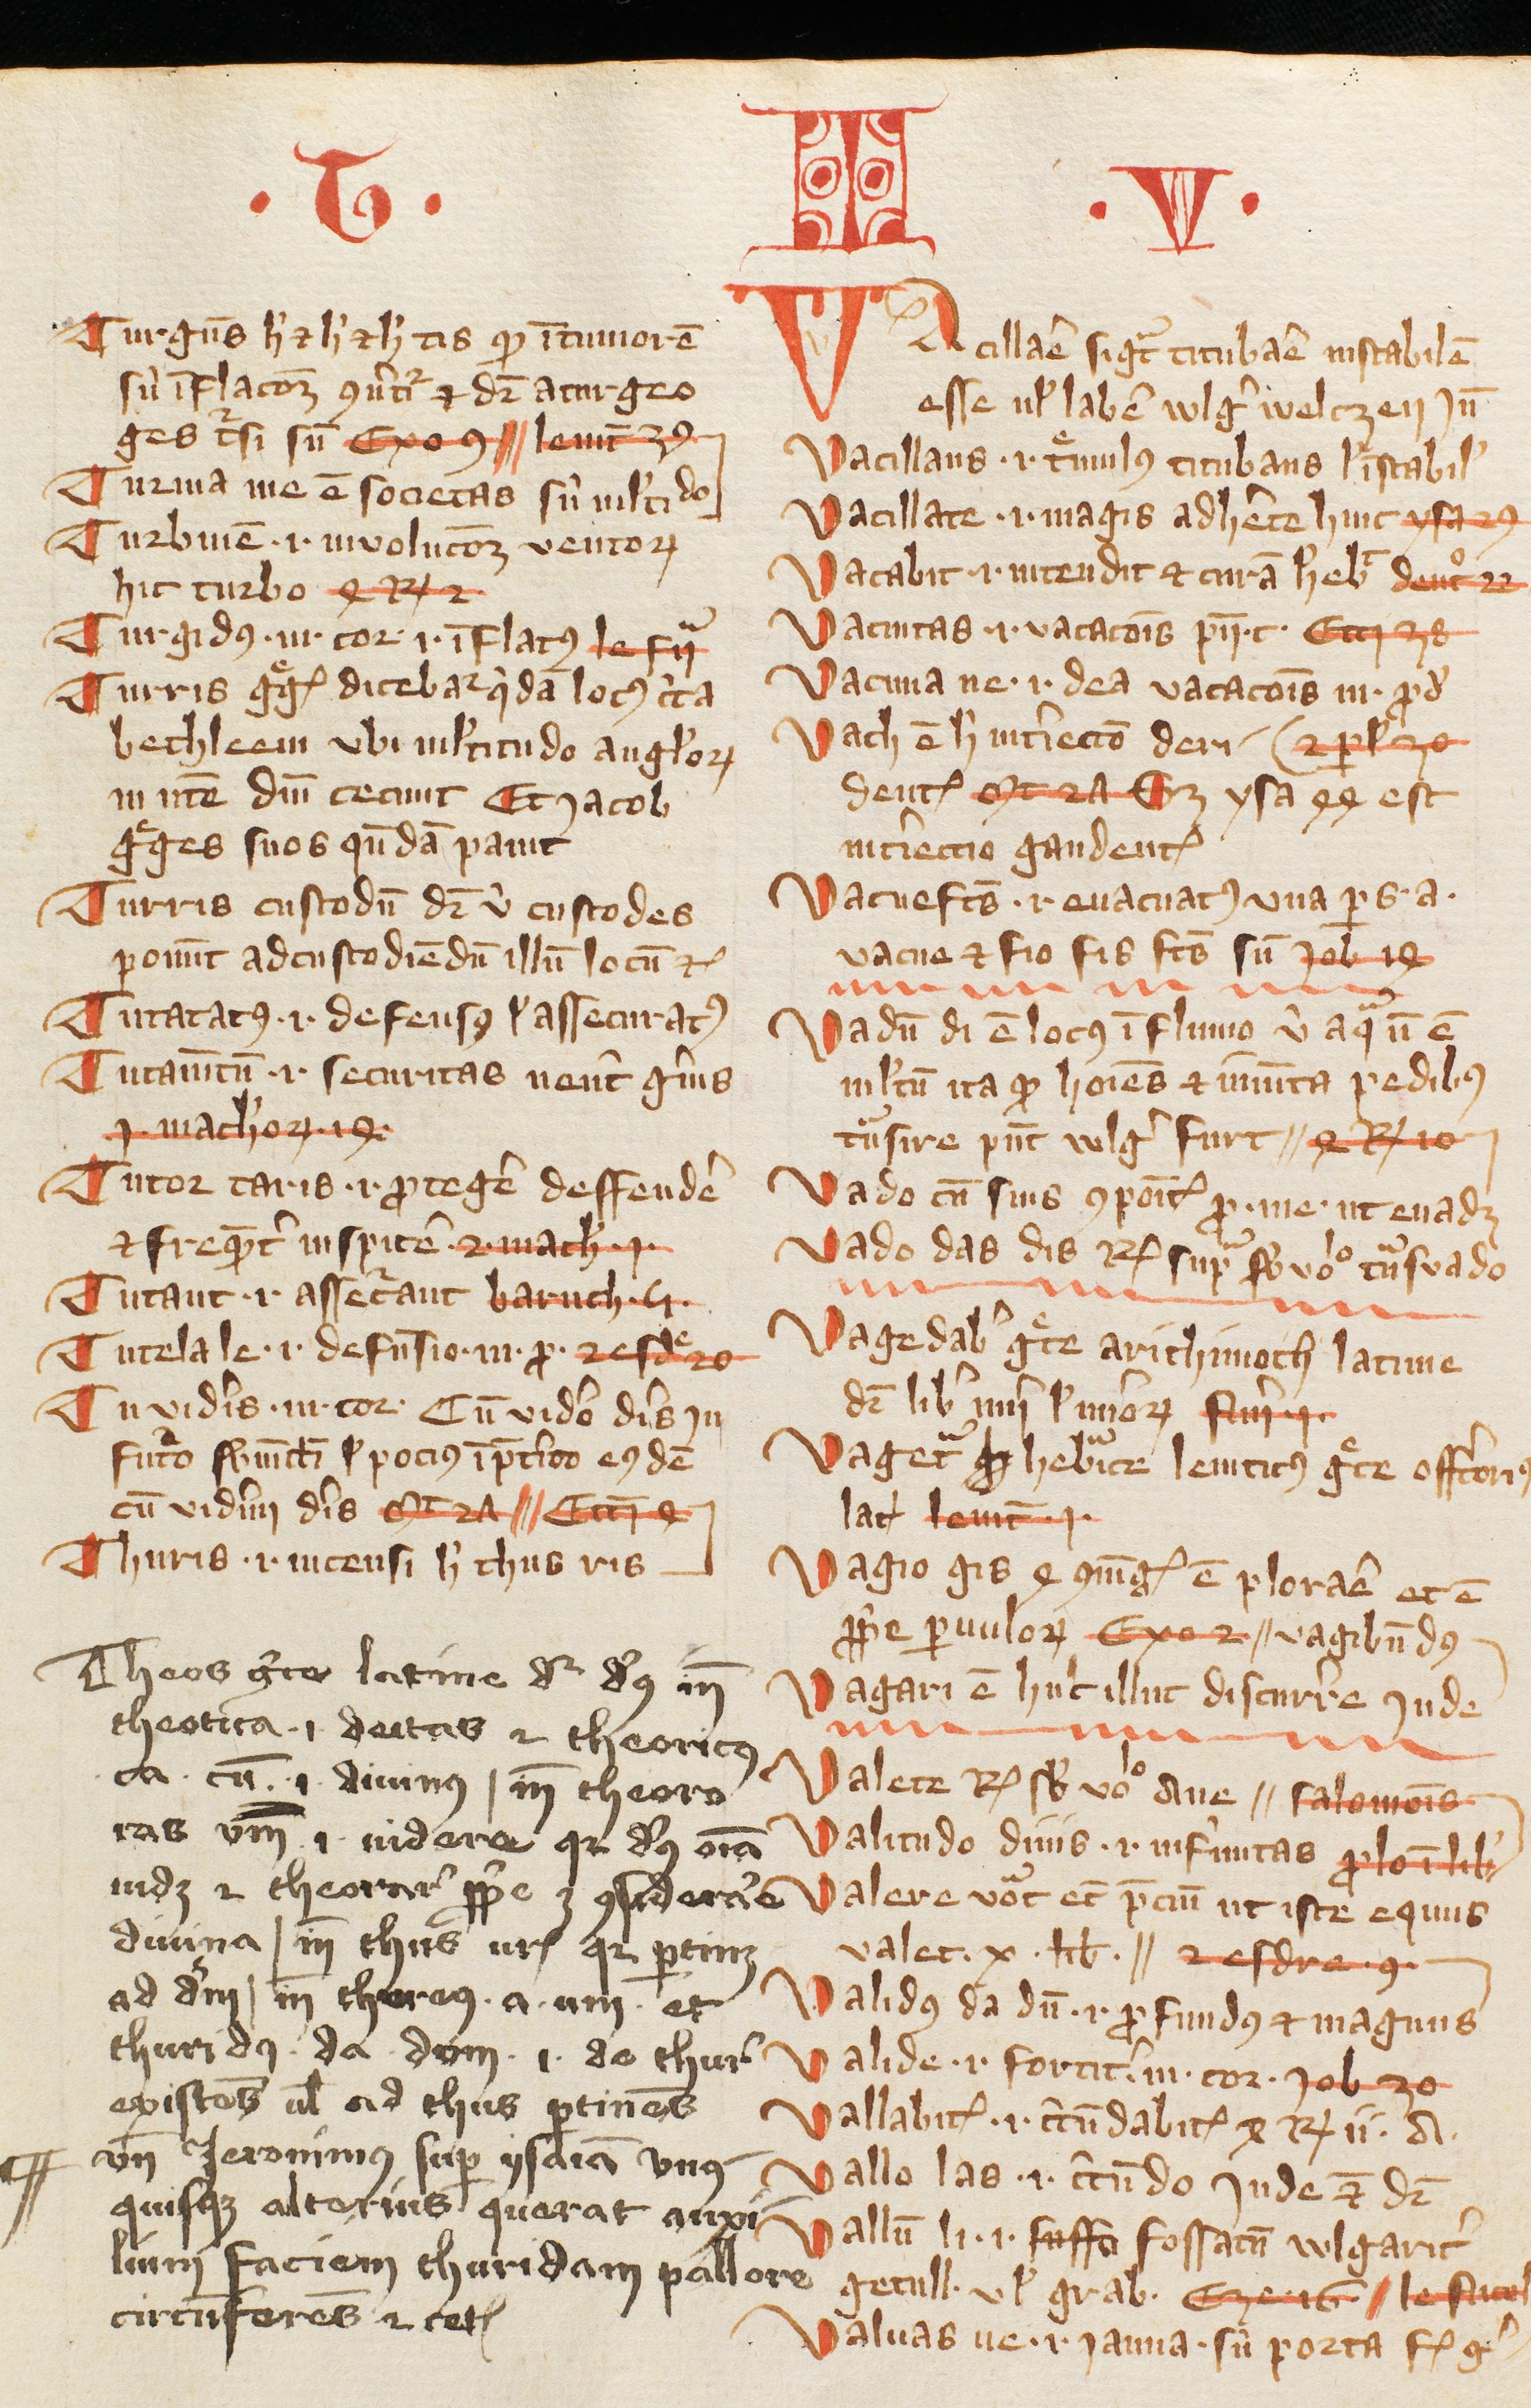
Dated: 1385–1415